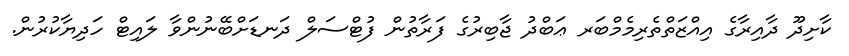
ކާށިދޫ ދާއިރާގެ އިއްޒަތްތެރިމެމްބަރ ޢަބްދު ޖާބިރުގެ ފަރާތުން ފުޓްސަލް ދަނޑަށްބޭނުންވާ ލައިޓް ހަދިޔާކުރުން.